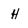
Character: H